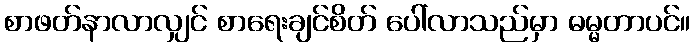
စာဖတ်နာလာလျှင် စာရေးချင်စိတ် ပေါ်လာသည်မှာ ဓမ္မတာပင်။